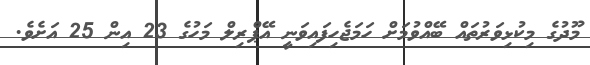
މޫދުގެ މިކުޅިވަރުތައް ބޭއްވުމަށް ހަމަޖެހިފައިވަނީ އޭޕްރިލް މަހުގެ 23 އިން 25 އަށެވެ.